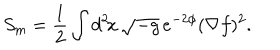
S _ { \mathrm { m } } = \frac { 1 } { 2 } \int d ^ { 2 } \! x \, \sqrt { - g } \, e ^ { - 2 \phi } ( \nabla f ) ^ { 2 } .